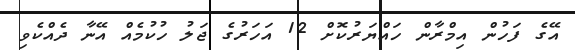
އޭގެ ފަހުން އިމްރާން ހައްޔަރުކޮށް 12 އަހަރުގެ ޖަލު ހުކުމެއް އޭނާ ދެއްކެވި